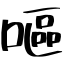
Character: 嘔